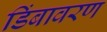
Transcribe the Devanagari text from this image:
डिंबावरण